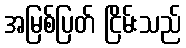
အမြစ်ပြတ် ငြိမ်းသည်